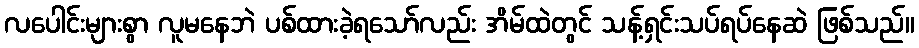
လပေါင်းများစွာ လူမနေဘဲ ပစ်ထားခဲ့ရသော်လည်း အိမ်ထဲတွင် သန့်ရှင်းသပ်ရပ်နေဆဲ ဖြစ်သည်။